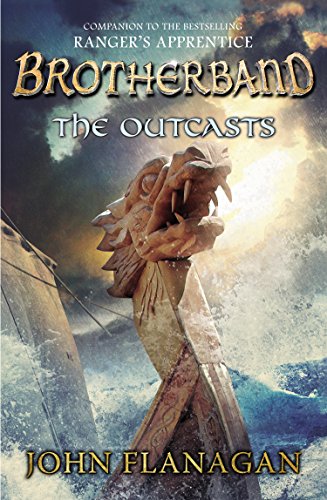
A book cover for The Outcasts: Brotherband Chronicles, Book 1 (The Brotherband Chronicles); John A. Flanagan; Children's Books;